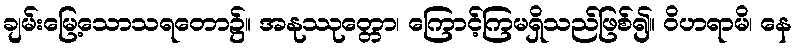
ချမ်းမြေ့သောသရတော၌။ အနုဿုတ္တော၊ ကြောင့်ကြမရှိသည်ဖြစ်၍။ ဝိဟရာမိ၊ နေ